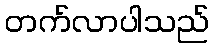
တက်လာပါသည်